Civil Veterinary Department. Central Provinces & Berar 1932-41 - 1932-1941
Year: 1932
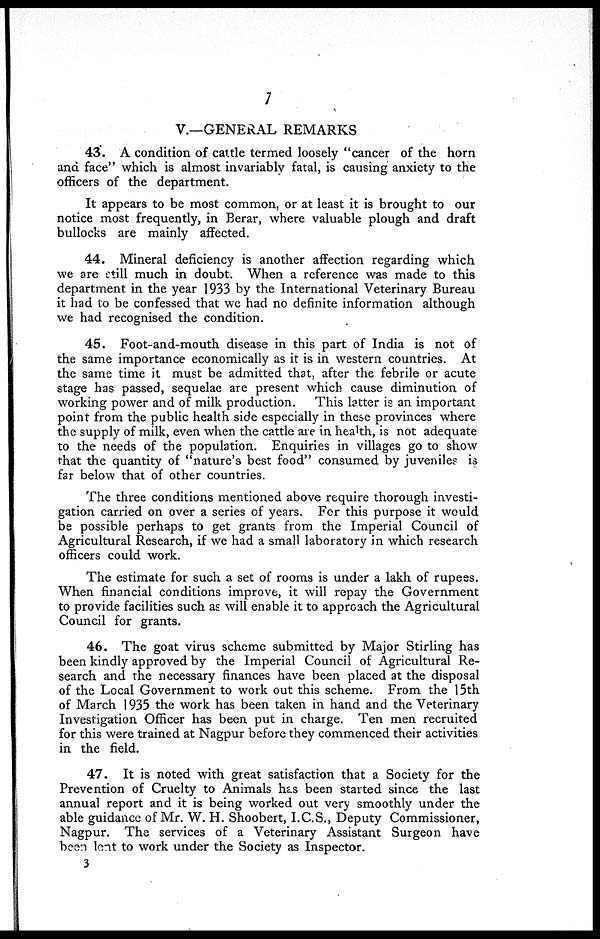
7
V.—GENERAL REMARKS
43. A condition of cattle termed loosely "cancer of the horn
and face" which is almost invariably fatal, is causing anxiety to the
officers of the department.
It appears to be most common, or at least it is brought to our
notice most frequently, in Berar, where valuable plough and draft
bullocks are mainly affected.
44. Mineral deficiency is another affection regarding which
we are still much in doubt. When a reference was made to this
department in the year 1933 by the International Veterinary Bureau
it had to be confessed that we had no definite information although
we had recognised the condition.
45. Foot-and-mouth disease in this part of India is not of
the same importance economically as it is in western countries. At
the same time it must be admitted that, after the febrile or acute
stage has passed, sequelae are present which cause diminution of
working power and of milk production.
This latter is an important
point from the public health side especially in these provinces where
the supply of milk, even when the cattle are in health, is not adequate
to the needs of the population. Enquiries in villages go to show
that the quantity of "nature's best food" consumed by juveniles is
far below that of other countries.
The three conditions mentioned above require thorough investi-
gation carried on over a series of years. For this purpose it would
be possible perhaps to get grants from the Imperial Council of
Agricultural Research, if we had a small laboratory in which research
officers could work.
The estimate for such a set of rooms is under a lakh of rupees.
When financial conditions improve, it will repay the Government
to provide facilities such as will enable it to approach the Agricultural
Council for grants.
46. The goat virus scheme submitted by Major Stirling has
been kindly approved by the Imperial Council of Agricultural Re-
search and the necessary finances have been placed at the disposal
of the Local Government to work out this scheme. From the 15th
of March 1935 the work has been taken in hand and the Veterinary
Investigation Officer has been put in charge. Ten men recruited
for this were trained at Nagpur before they commenced their activities
in the field.
47. It is noted with great satisfaction that a Society for the
Prevention of Cruelty to Animals has been started since the last
annual report and it is being worked out very smoothly under the
able guidance of Mr. W. H. Shoobert, I.C.S., Deputy Commissioner,
Nagpur. The services of a Veterinary Assistant Surgeon have
been lent to work under the Society as Inspector.
3